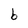
Character: b